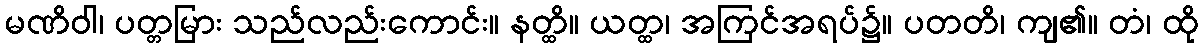
မဏိဝါ၊ ပတ္တမြား သည်လည်းကောင်း။ နတ္ထိ။ ယတ္ထ၊ အကြင်အရပ်၌။ ပတတိ၊ ကျ၏။ တံ၊ ထို